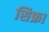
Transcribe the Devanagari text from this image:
सिफ्रा